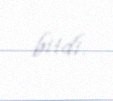
bitdi.